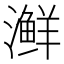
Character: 𰝟